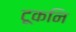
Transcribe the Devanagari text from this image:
टूकनि